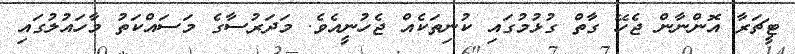
ޓީޗަރާ އޮންނާން ޖެހޭ ގާތް ގުޅުމުގައި ކުނިތަކެއް ޖެހުނީއެވެ. މަދަރުސާގެ މަސައްކަތު މާހައުލުގައި